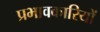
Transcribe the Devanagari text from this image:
प्रभावकारियों